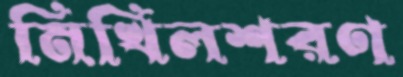
নিখিলশরণ